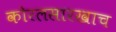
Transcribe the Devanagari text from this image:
कोरलसारखाच